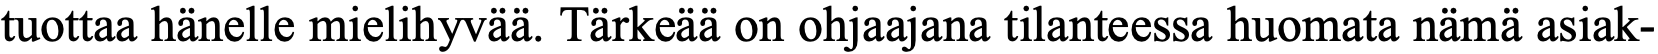
tuottaa hänelle mielihyvää. Tärkeää on ohjaajana tilanteessa huomata nämä asiak-